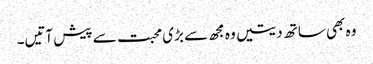
وہ بھی ساتھ دیتیں وہ مجھ سے بڑی محبت سے پیش آتیں۔